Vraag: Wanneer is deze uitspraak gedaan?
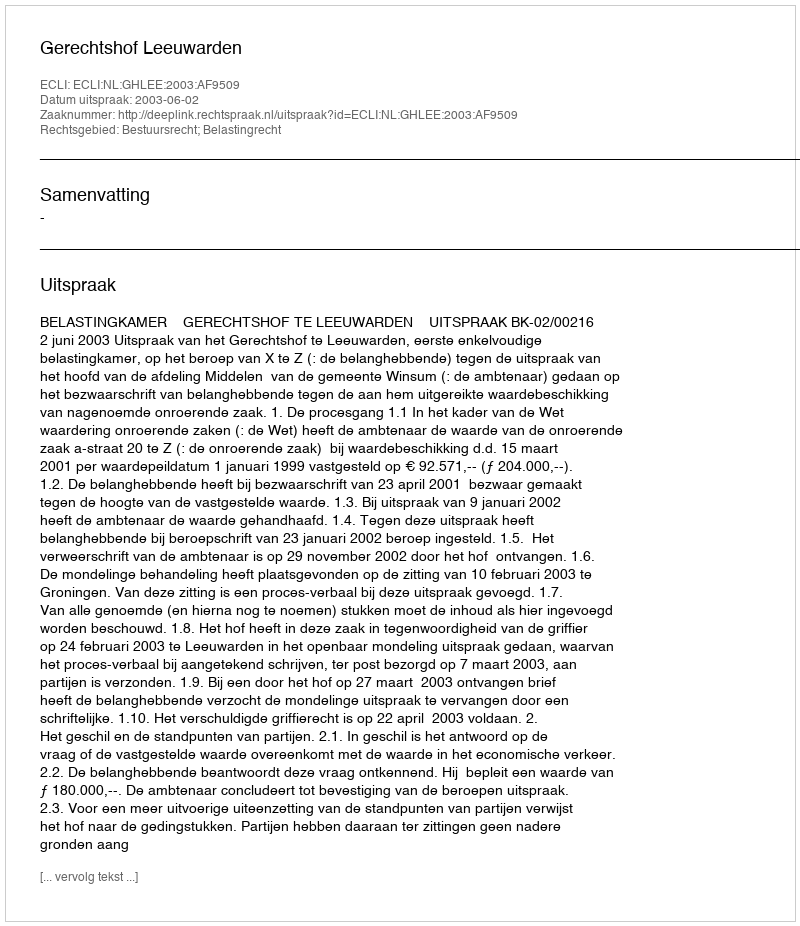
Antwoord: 2003-06-02